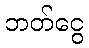
ဘတ်ငွေ